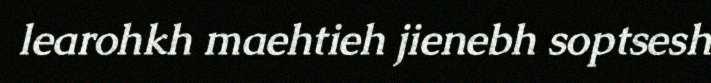
learohkh maehtieh jienebh soptsesh